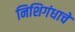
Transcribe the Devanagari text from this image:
निशिगंधाचे